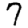
Digit: 7